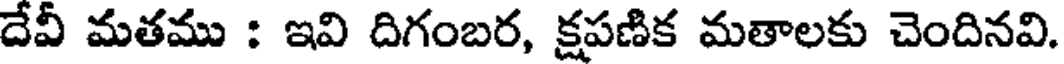
దేవీ మతము : ఇవి దిగంబర, క్షపణిక మతాలకు చెందినవి.